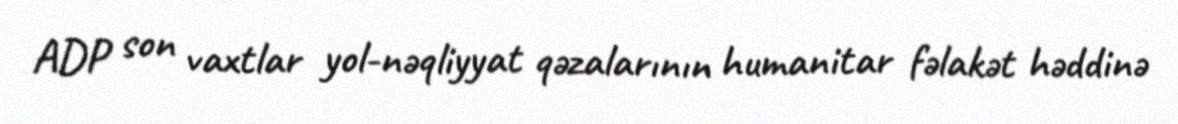
ADP son vaxtlar yol-nəqliyyat qəzalarının humanitar fəlakət həddinə